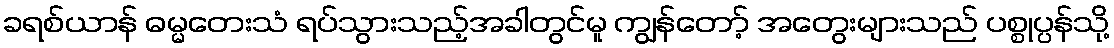
ခရစ်ယာန် ဓမ္မတေးသံ ရပ်သွားသည့်အခါတွင်မူ ကျွန်တော့် အတွေးများသည် ပစ္စုပ္ပန်သို့